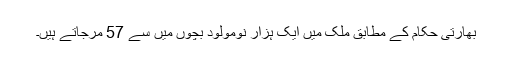
بھارتی حکام کے مطابق ملک میں ایک ہزار نومولود بچوں میں سے 57 مرجاتے ہیں۔